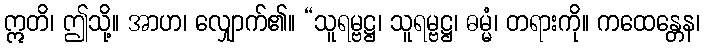
ဣတိ၊ ဤသို့။ အာဟ၊ လျှောက်၏။ “သူရမ္ဗဋ္ဌ၊ သူရမ္ဗဋ္ဌ၊ ဓမ္မံ၊ တရားကို။ ကထေန္တေန၊